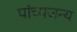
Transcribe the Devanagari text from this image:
पांच्यजन्य